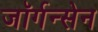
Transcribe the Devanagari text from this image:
जॉर्गन्सेन